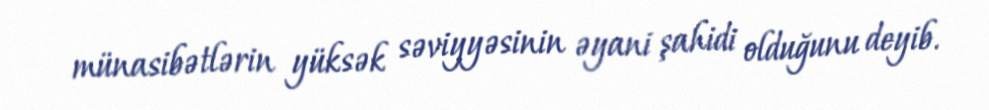
münasibətlərin yüksək səviyyəsinin əyani şahidi olduğunu deyib.